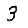
Digit: 3